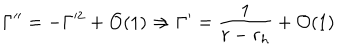
\Gamma ^ { \prime \prime } = - \Gamma ^ { 2 } + { \cal { O } } ( 1 ) \Rightarrow \Gamma ^ { \prime } = \frac { 1 } { r - r _ { h } } + { \cal { O } } ( 1 )